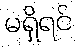
မရှိရင်